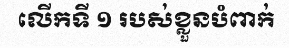
លើកទី ១ របស់ខ្លួនបំពាក់